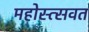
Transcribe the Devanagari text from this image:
महोस्त्सवत